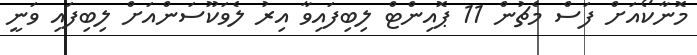
މޮނާކޯއަށް ފަސް މެޗުން 11 ޕޮއިންޓް ލިބިފައިވާ އިރު ލެވަކޫސަންއަށް ލިބިފައި ވަނީ